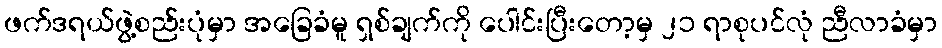
ဖက်ဒရယ်ဖွဲ့စည်းပုံမှာ အခြေခံမူ ရှစ်ချက်ကို ပေါင်းပြီးတော့မှ ၂၁ ရာစုပင်လုံ ညီလာခံမှာ